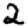
Digit: 2